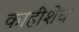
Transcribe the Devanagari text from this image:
काहीशेच